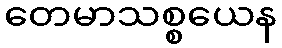
တေမာသစ္စယေန